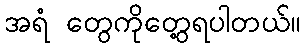
အရံ တွေကိုတွေ့ရပါတယ်။